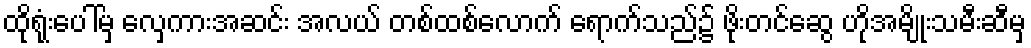
ထိုရုံးပေါ်မှ လှေကားအဆင်း အလယ် တစ်ထစ်လောက် ရောက်သည်၌ ဖိုးတင်ဆွေ ဟိုအမျိုးသမီးဆီမှ